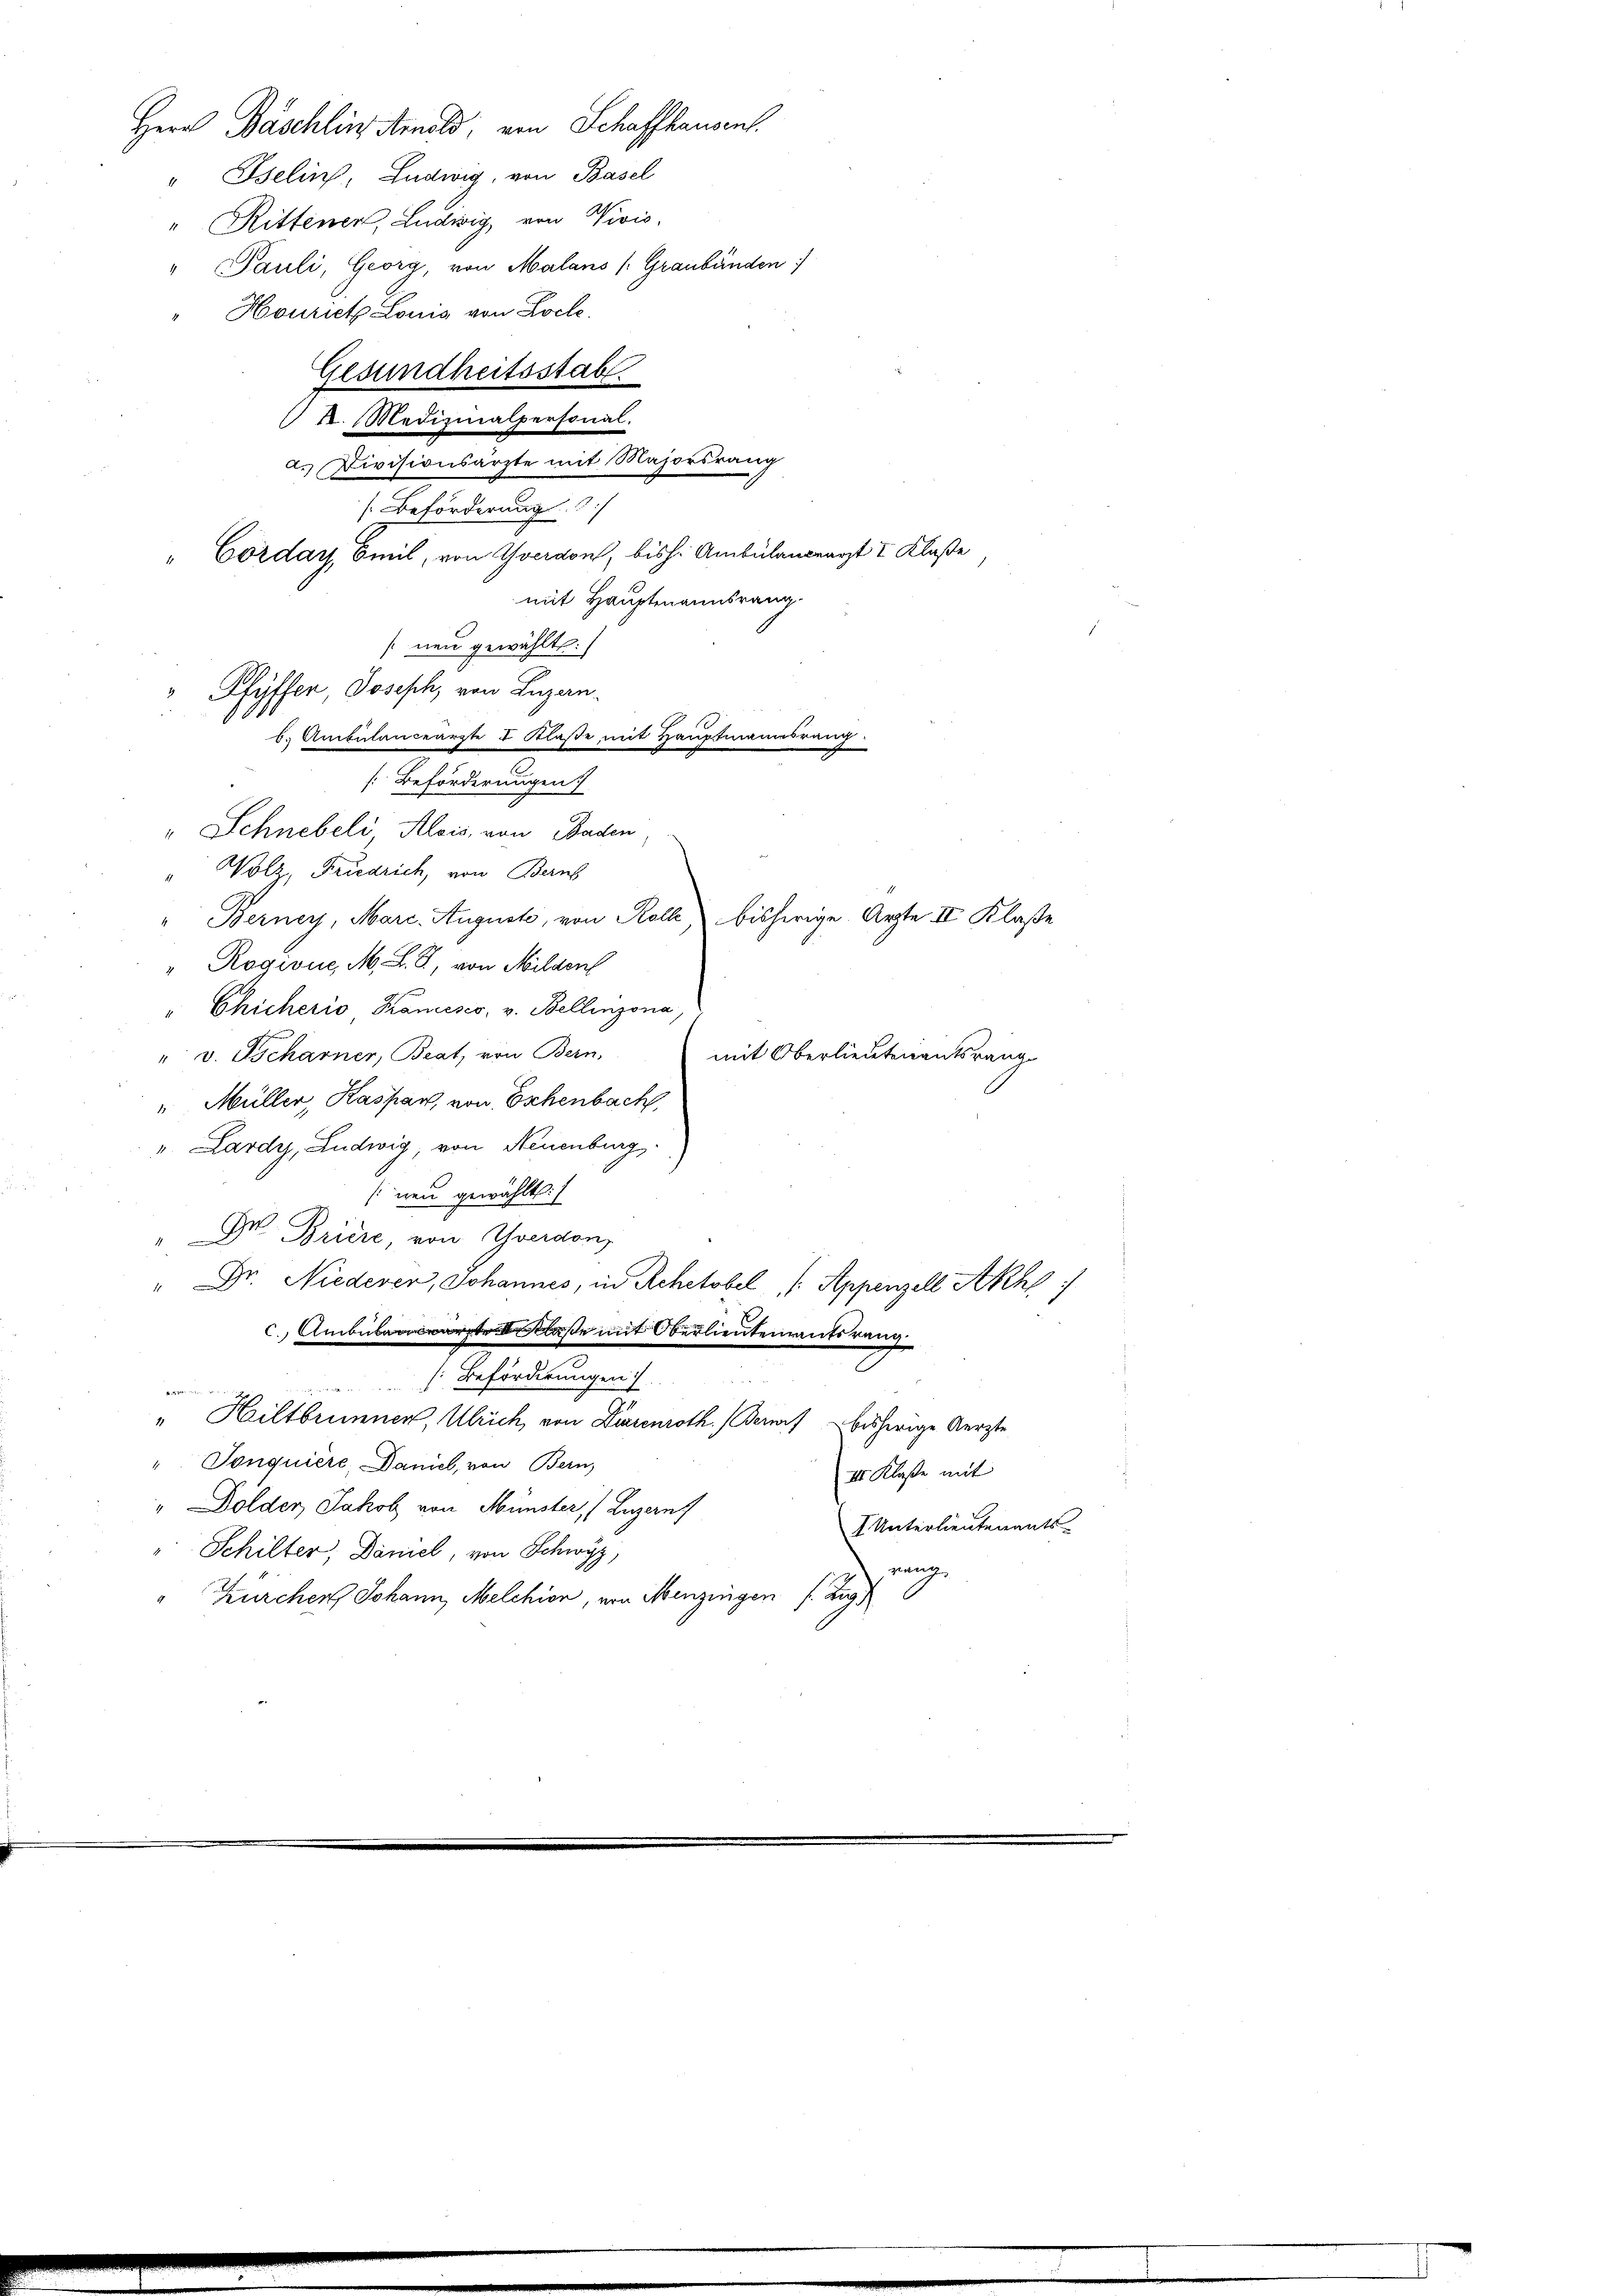
Herr Baschlin Arnold, von Schaffhausent.
" Iselin, Ludwig, von Basel
" Rittener, Ludwig, von Vivis,
" Pauli, Georg, von Malans (Graubünden
Hourich Louis von Loche.
Gesundheitsstab.

k. Medizinalpersonal.
a. Divisionsärzte mit Majorsrang
/. Beförderung
"Corday, Emil, von Yverdon, bish. Ambülancrarzt I Klaße
mit Hauptmannsrang.
[neu gewählt:
Pfyffer, Joseph, von Luzan¬

b. Ambulanceärzte I Klaße mit Hauptmannsrang.
Beförderungen
" Schnebeli Alois, von Baden

Wolz, Friedrich, von Berns
" Berney, Marc. Augusts, von Kolle, bisherige Ärzte III Klaße
" Ragione, M. L. S., von Milden
" Chicheris Koncesco, v. Bellinzona,
mit Oberlieutenantsrang
" v. Tscharner, Beat, von Bern,
" Müller, Kaspar, von Eschenbach,
v. Lardy, Ludwig, von Neuenburg,
[neu gewählt:
Mr Briere, von Yverdon,
Dr. Niederer, Johannes, in Rehetobel (Appenzell Akhl
c. Ambulaße mit Oberlieutenanterung
 Beförderungen.
d
" Hiltbrunner, Ulrich von Diesenroth. (Genf bisherige Aerzte
"Sonquière Daniel, von Bern,
III. Klaße mit
" Dolder, Jakob von Münster, (Luzern
I Unterlieutenants-
Schilter, Daniel, von Schwyz,
rang
Kürcher Johann, Melchion, von Menzingen s. Zug